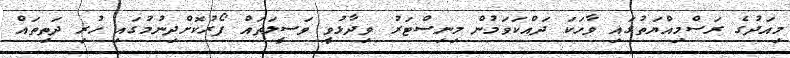
މިއަދުގެ ރަސްމިއްޔަތުގައި ވާހަކަ ދައްކަވަމުން މިނިސްޓަރު ވިދާޅުވީ ވަސީލަތައް ފޯރުކޮށްދިނުމުގައި ހުރި ދަތިތައް